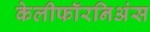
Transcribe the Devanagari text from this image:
केलीफॉरनिअंस